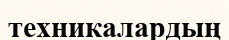
техникалардың